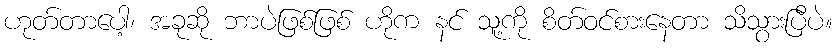
ဟုတ်တာပေါ့၊ အခုဆို ဘာပဲဖြစ်ဖြစ် ဟိုက နင် သူ့ကို စိတ်ဝင်စားနေတာ သိသွားပြီပဲ။